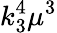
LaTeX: k_{3}^{4}\mu^{3}